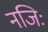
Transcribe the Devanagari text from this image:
नजिः